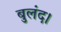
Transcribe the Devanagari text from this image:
बुलंद।